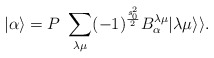
\begin{align*}|\alpha\rangle= P \ \sum_{\lambda \mu} (-1)^{\frac{s_0^2}{2}} B_{\alpha}^{\lambda \mu} |\lambda \mu \rangle\rangle.\end{align*}